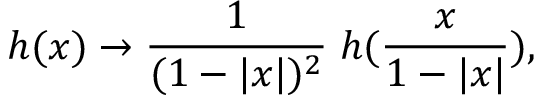
h ( x ) \rightarrow \frac { 1 } { ( 1 - | x | ) ^ { 2 } } \; h ( \frac { x } { 1 - | x | } ) ,